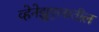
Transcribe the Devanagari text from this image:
व्हेनेझुएलातील